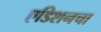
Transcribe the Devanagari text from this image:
एडिशनचा